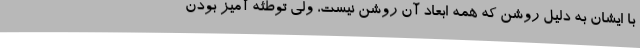
با ایشان به دلیل روشن که همه ابعاد آن روشن نیست، ولی توطئه آمیز بودن